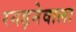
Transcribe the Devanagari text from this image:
रगड़नेवाला